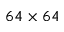
6 4 \times 6 4